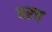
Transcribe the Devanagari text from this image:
बरच